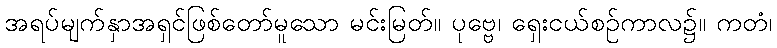
အရပ်မျက်နှာအရှင်ဖြစ်တော်မူသော မင်းမြတ်။ ပုဗ္ဗေ၊ ရှေးငယ်စဉ်ကာလ၌။ ကတံ၊